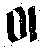
01